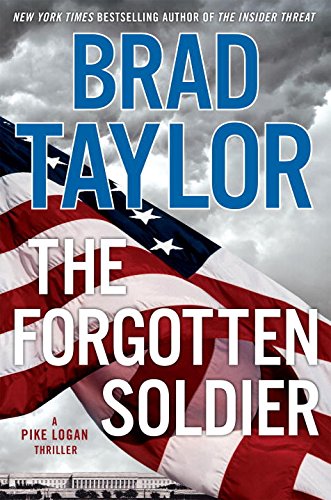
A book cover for The Forgotten Soldier: A Pike Logan Thriller; Brad Taylor; Mystery, Thriller & Suspense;